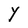
Character: Y